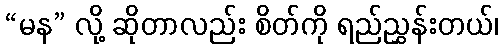
“မန” လို့ ဆိုတာလည်း စိတ်ကို ရည်ညွှန်းတယ်၊